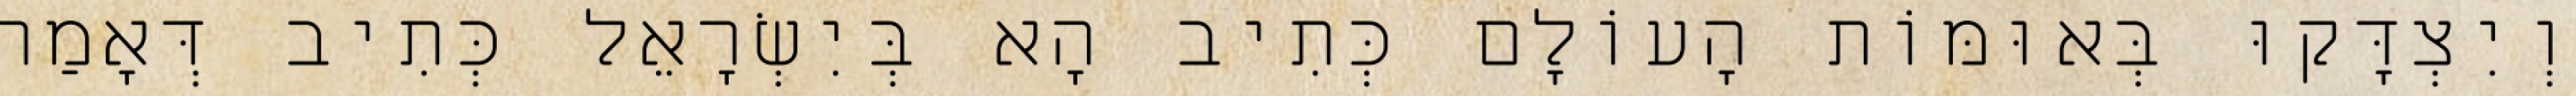
וְיִצְדָּקוּ בְּאוּמּוֹת הָעוֹלָם כְּתִיב הָא בְּיִשְׂרָאֵל כְּתִיב דְּאָמַר